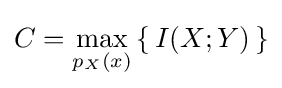
C=\max _{p_{X}(x)}\left\{\,I(X;Y)\,\right\}